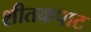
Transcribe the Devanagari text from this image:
शीतकपाट